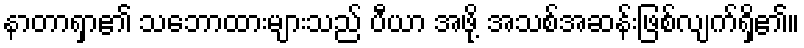
နာတာရှာ၏ သဘောထားများသည် ပီယာ အဖို့ အသစ်အဆန်းဖြစ်လျက်ရှိ၏။